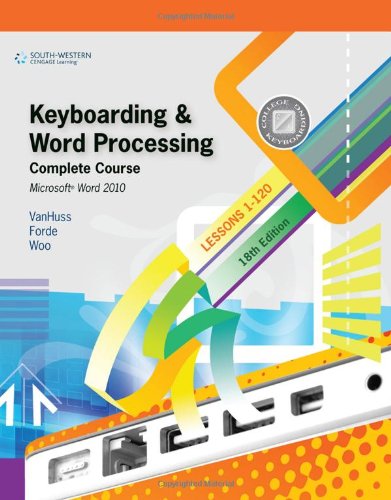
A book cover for Keyboarding and Word Processing, Complete Course, Lessons 1-120: Microsoft Word 2010: College Keyboarding (Available Titles Keyboarding Pro Deluxe); Susie H. VanHuss; Business & Money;